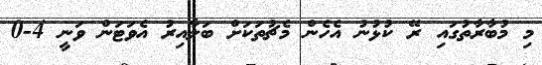
މި މުބާރާތުގައި ރޭ ކުޅުނު އެހެން މެޗުތަކަށް ބަލާއިރު އެވަޓަން ވަނީ 4-0